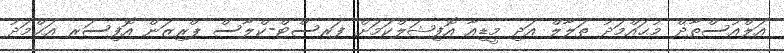
އަލްއުސްތާޛް މުޙައްމަދު ޠަލާލް އަދި މީޑިއާ އޮފިޝަލްކަމަށް ފަރސްޓް-ކްލާސް ޕްރިޒަން އޮފިސަރ އަޙްމަދު